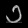
Digit: ၁